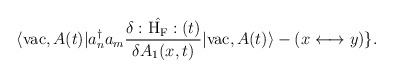
\begin{align*}\langle {\rm vac},A(t)| a_n^{\dagger} a_m\frac{\delta :\hat{{\rm H}_{\rm F}}:(t)} {\delta A_1(x,t)}|{\rm vac},A(t) \rangle - (x \longleftrightarrow y) \}.\end{align*}